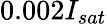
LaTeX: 0.002I_{sat}